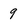
Character: 9